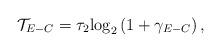
LaTeX: \begin{align*}{{\mathcal T}_{E - C}} = \tau_2 {\log _2}\left( {1 + {\gamma _{E - C}} } \right),\end{align*}